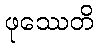
ဖုဿေတိ